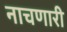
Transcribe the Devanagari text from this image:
नाचणारी